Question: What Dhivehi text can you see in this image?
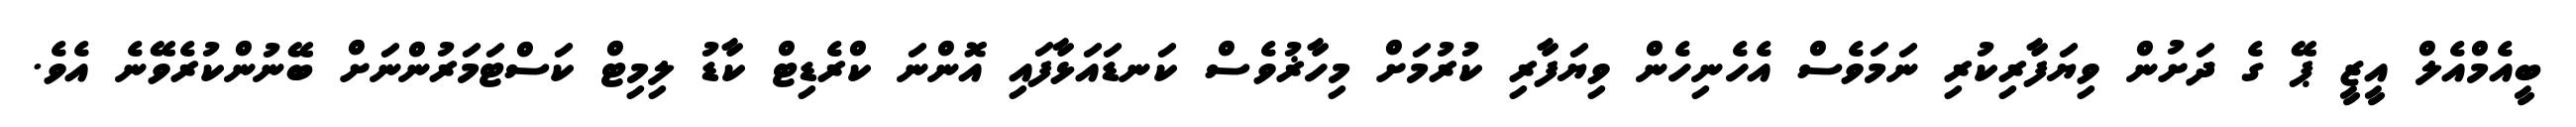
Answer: ބީއެމްއެލް އީޒީ ޕޭ ގެ ދަށުން ވިޔަފާރިކުރި ނަމަވެސް އެހެނިހެން ވިޔަފާރި ކުރުމަށް މިހާޜުވެސް ކަނޑައަޅާފައި އޮންނަ ކްރެޑިޓް ކާޑު ލިމިޓް ކަސްޓަމަރުންނަށް ބޭނުންކުރެވޭނެ އެވެ.